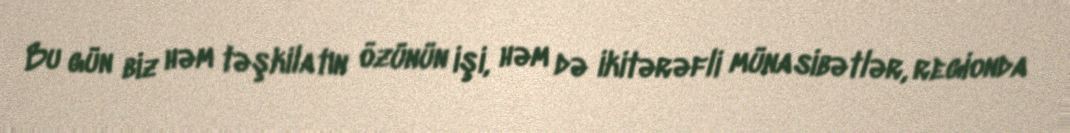
Bu gün biz həm təşkilatın özünün işi, həm də ikitərəfli münasibətlər, regionda